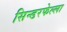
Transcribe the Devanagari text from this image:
सिन्डरफेल्ला